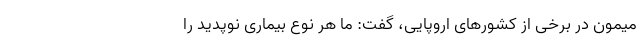
میمون در برخی از کشورهای اروپایی، گفت: ما هر نوع بیماری نوپدید را